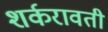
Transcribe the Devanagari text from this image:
शर्करावती